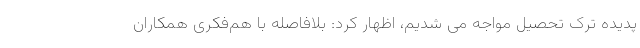
پدیده ترک تحصیل مواجه می شدیم، اظهار کرد: بلافاصله با هم‌فکری همکاران